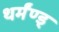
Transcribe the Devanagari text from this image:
थर्मंण्ड्